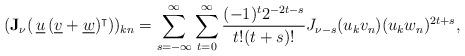
LaTeX: \begin{align*} (\mathbf{J}_\nu(\, \underline{u}\,(\underline{v}+\underline{w})^\intercal ))_{kn} = \sum_{s=-\infty}^\infty\sum_{t=0}^\infty \frac{(-1)^t2^{-2t-s}}{t!(t+s)!} J_{\nu-s}( u_kv_n ) (u_kw_n)^{2t+s},\end{align*}